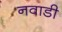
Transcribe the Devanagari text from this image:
नवाडी